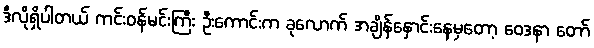
ဒီလိုရှိပါတယ် ကင်းဝန်မင်းကြီး ဦးကောင်းက ခုလောက် အချိန်နှောင်းနေမှတော့ ဝေဒနာ တော်